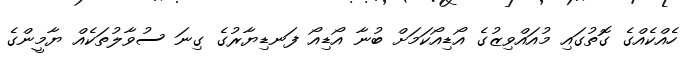
ހެއްކެއްގެ ގޮތުގައި މުއައްވިޒުގެ އޯޑިއޯކަމަށް ބުނާ އޯޑިއޯ ފަނޑިޔާރުގެ ގިނަ ސުވާލުތަކެއް ޔާމީންގެ